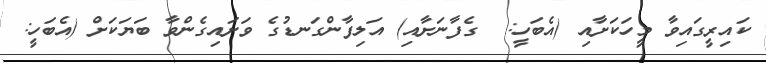
ކައިރީގައިވާ މީހަކަށާއި (އެބަހީ:  ގެފާނަށާއި) އަލިފާންގަނޑުގެ ވަށައިގެންވާ ބަޔަކަށް (އެބަހީ: